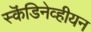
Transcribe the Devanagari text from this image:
स्कॆंडिनेव्हीयन